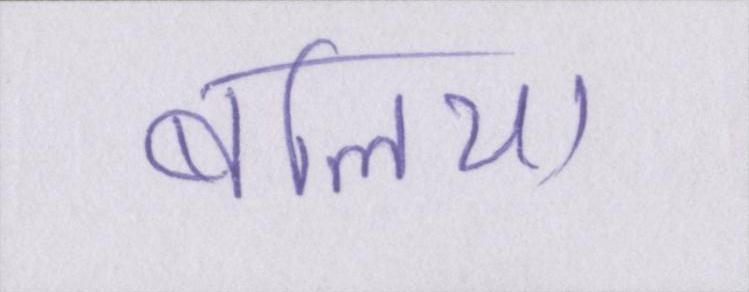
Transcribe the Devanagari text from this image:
बलिया